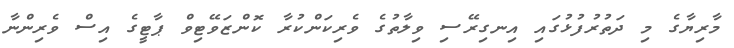
މާރިޔާގެ މި ދަތުރުފުޅުގައި އިނގިރޭސި ވިލާތުގެ ވެރިކަންކުރާ ކޮންޒަވޭޓިވް ޕާޓީގެ އިސް ވެރިންނާ